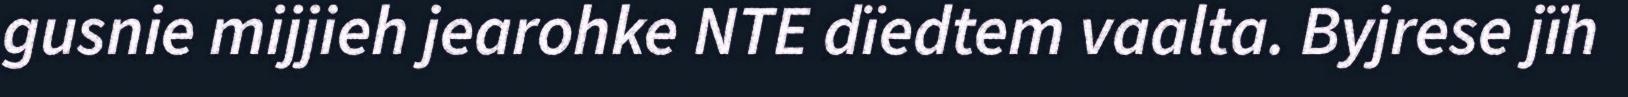
gusnie mijjieh jearohke NTE dïedtem vaalta. Byjrese jïh